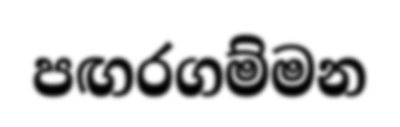
පඟරගම්මන